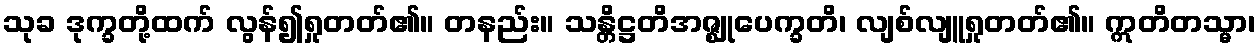
သုခ ဒုက္ခတို့ထက် လွန်၍ရှုတတ်၏။ တနည်း။ သန္တိဋ္ဌတိအဇ္ဈုပေက္ခတိ၊ လျစ်လျူရှုတတ်၏။ ဣတိတသ္မာ၊